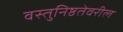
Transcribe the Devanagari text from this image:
वस्तुनिष्ठतेवरील